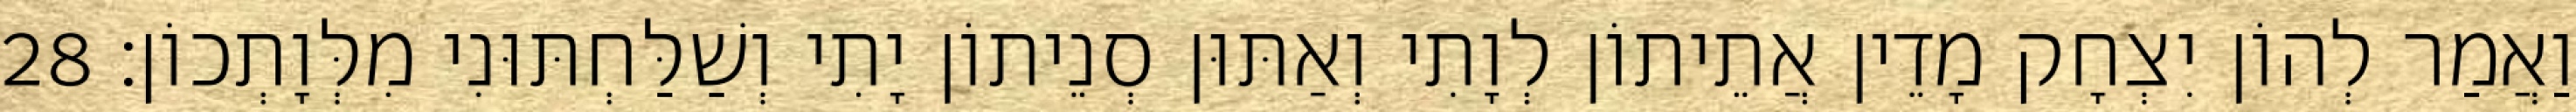
וַאֲמַר לְהוֹן יִצְחָק מָדֵין אֲתֵיתוֹן לְוָתִי וְאַתּוּן סְנֵיתוֹן יָתִי וְשַׁלַּחְתּוּנִי מִלְּוָתְכוֹן׃ 28